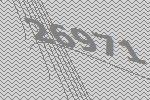
26971